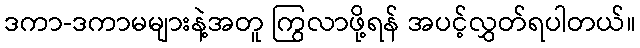
ဒကာ-ဒကာမများနဲ့အတူ ကြွလာဖို့ရန် အပင့်လွှတ်ရပါတယ်။